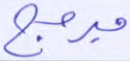
مبرمج